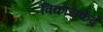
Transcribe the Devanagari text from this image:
विकासकेंद्रे